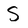
Character: S